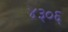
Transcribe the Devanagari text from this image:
४३०६